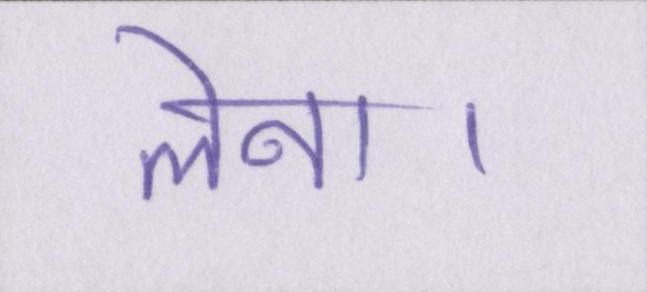
लेना।